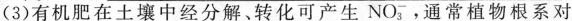
(3)有机肥在土壤中经分解、转化可产生NO_{3}^{-}，通常植物根系对